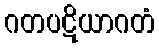
ဂတပဋိယာဂတံ